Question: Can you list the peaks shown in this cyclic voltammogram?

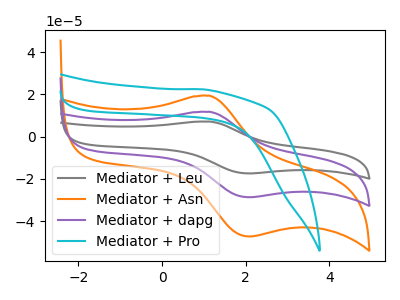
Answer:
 <answer>The gray curve "Mediator + Leu" has an anodic peak at (1.15V, 23.50uA) and a cathodic peak at (2.10V, -57.35uA). The orange curve "Mediator + Asn" has an anodic peak at (1.15V, 19.35uA) and a cathodic peak at (2.10V, -47.25uA). The purple curve "Mediator + dapg" has an anodic peak at (1.15V, 11.75uA) and a cathodic peak at (2.10V, -28.70uA). The cyan curve "Mediator + Pro" has no peaks.</answer>
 <eval></eval>